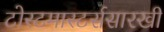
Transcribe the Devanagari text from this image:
टोस्टमास्टर्ससारखी